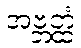
အဗ္ဘတ္ထံ